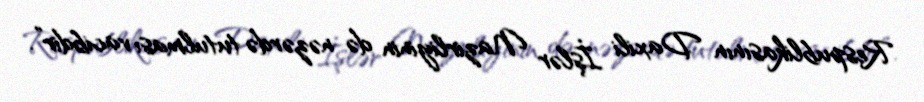
Respublikasının Daxili İşlər Nazirliyinin də nəzərdə tutulması vacibdir”.